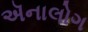
ઍનાલોગ